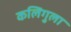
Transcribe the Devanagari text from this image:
कलिगुला